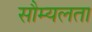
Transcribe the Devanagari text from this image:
सौम्‍यलता